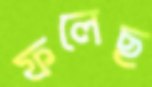
ফলেছ